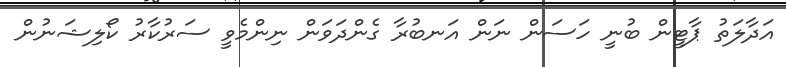
އަދާލަތު ޕާޓީން ބުނީ ހަސަން ނަން އަނބުރާ ގެންދަވަން ނިންމެވީ ސަރުކާރު ކޯލިޝަނުން